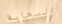
السحابة